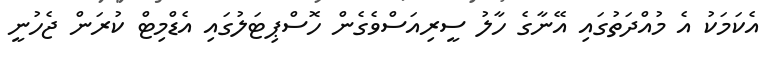
އެކަމަކު އެ މުއްދަތުގައި އޭނާގެ ހާލު ސީރިއަސްވެގެން ހޮސްޕިޓަލުގައި އެޑްމިޓް ކުރަން ޖެހުނީ